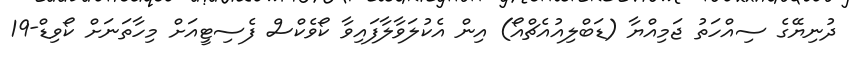
ދުނިޔޭގެ ސިއްހަތު ޖަމިއްޔާ (ޑަބްލިއުއެޗްއޯ) އިން އެކުލަވާލާފައިވާ ކޯވެކްސް ފެސިޓީއަށް މިހާތަނަށް ކޯވިޑް-19